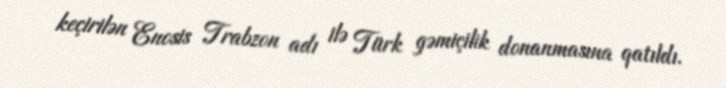
keçirilən Enosis Trabzon adı ilə Türk gəmiçilik donanmasına qatıldı.